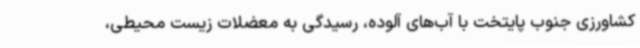
کشاورزی جنوب پایتخت با آب‌های آلوده، رسیدگی به معضلات زیست محیطی،